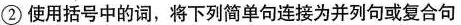
② 使用括号中的词,将下列简单句连接为并列句或复合句